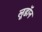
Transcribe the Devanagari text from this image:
लूडॉन